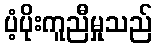
ပံ့ပိုးကူညီမှုသည်